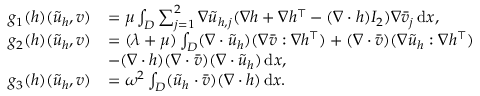
\begin{array} { r l } { g _ { 1 } ( h ) ( \tilde { u } _ { h } , v ) } & { = \mu \int _ { D } \sum _ { j = 1 } ^ { 2 } \nabla \tilde { u } _ { h , j } ( \nabla h + \nabla h ^ { \top } - ( \nabla \cdot h ) I _ { 2 } ) \nabla \bar { v } _ { j } \, \mathrm { d } x , } \\ { g _ { 2 } ( h ) ( \tilde { u } _ { h } , v ) } & { = ( \lambda + \mu ) \int _ { D } ( \nabla \cdot \tilde { u } _ { h } ) ( \nabla \bar { v } : \nabla h ^ { \top } ) + ( \nabla \cdot \bar { v } ) ( \nabla \tilde { u } _ { h } : \nabla h ^ { \top } ) } \\ & { - ( \nabla \cdot h ) ( \nabla \cdot \bar { v } ) ( \nabla \cdot \tilde { u } _ { h } ) \, \mathrm { d } x , } \\ { g _ { 3 } ( h ) ( \tilde { u } _ { h } , v ) } & { = \omega ^ { 2 } \int _ { D } ( \tilde { u } _ { h } \cdot \bar { v } ) ( \nabla \cdot h ) \, \mathrm { d } x . } \end{array}